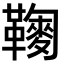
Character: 𩍔